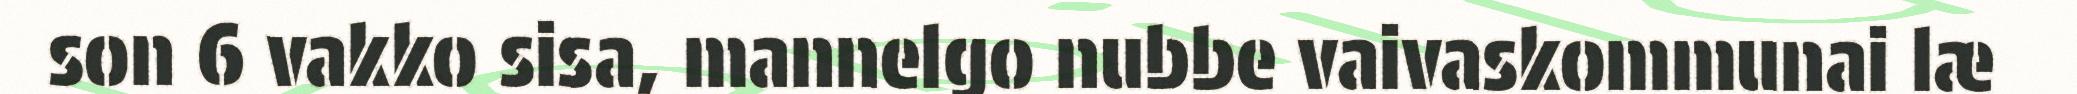
son 6 vakko sisa, mannelgo nubbe vaivaskommunai læ